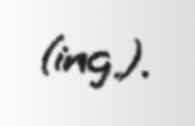
(ing.).